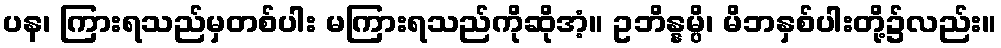
ပန၊ ကြားရသည်မှတစ်ပါး မကြားရသည်ကိုဆိုအံ့။ ဥဘိန္နမ္ပိ၊ မိဘနှစ်ပါးတို့၌လည်း။